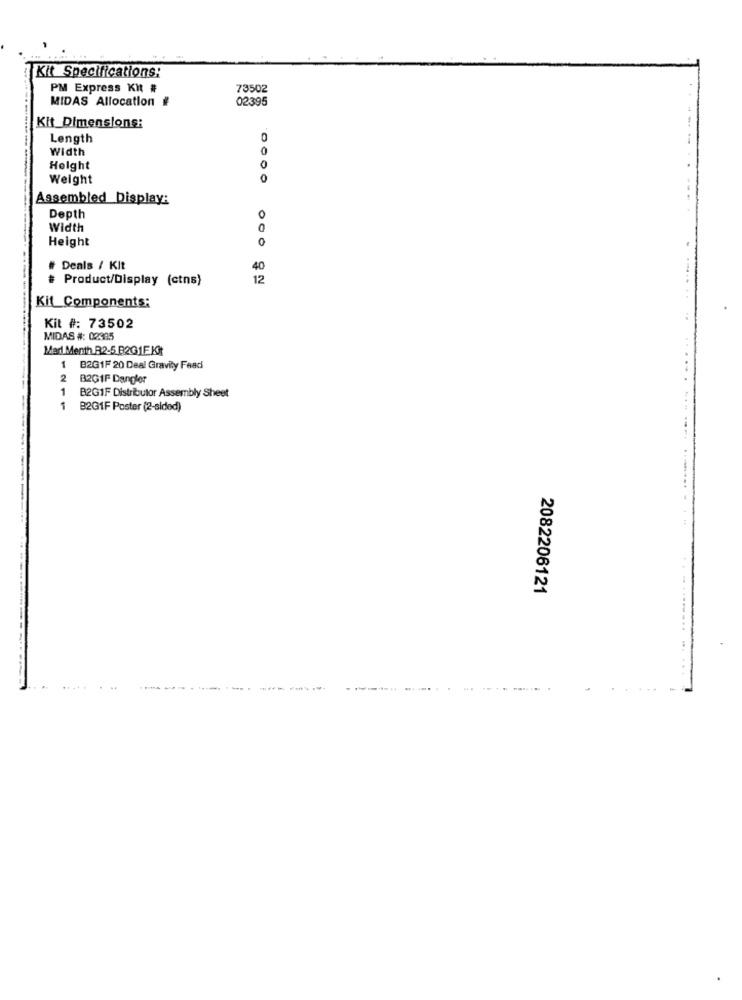
Kit Specifications:
PM Express Kht #
73502
02395
MIDAS Allocation #
Kit Dimensions:
Length
0
Width
0
Helght
0
Weight
0
Assembled Display:
Depth
0
Width
Height
0
Deals / Kit
40
Product/Display (ctns)
12
Kit_Components:
Kit #: 73502
MIDAS #: 02385
Marl Menth B2-5 B2G1F. Kit
B2G1F 20 Deal Gravity Fead
2
B2GIF Dangler
1 B2G1F Distributor Assembly Sheet
B2GIF Poster (2-sided)
2082206121
------
------------
...